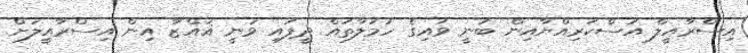
އިސްރާއީލް އަސްކަރިއްޔާއިން ބުނީ ވައިގެ ހަމަލާތައް ދީފައި ވަނީ ޣައްޒާ އިން އިސްރާއީލަށް